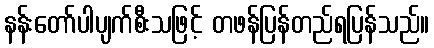
နန်းတော်ပါပျက်စီးသဖြင့် တဖန်ပြန်တည်ရပြန်သည်။